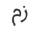
زم